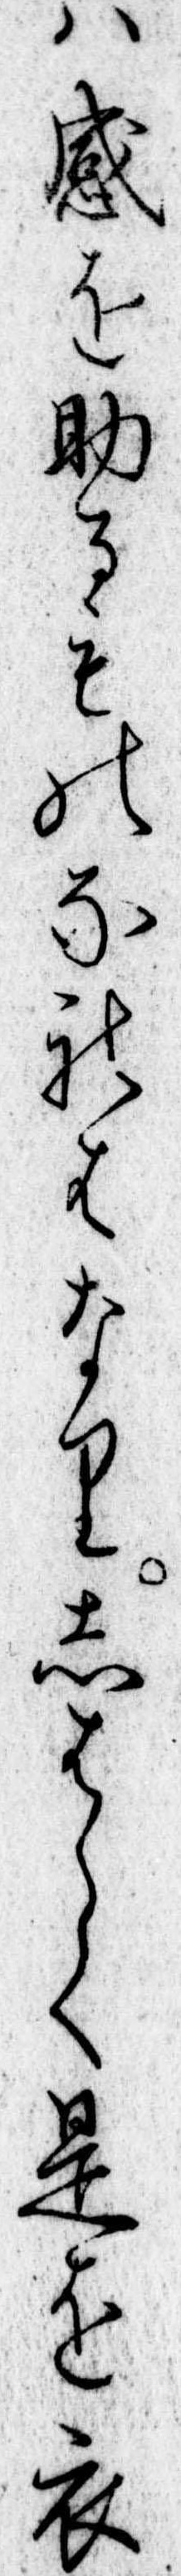
は感を助るものなれはなりしはらく是を衣